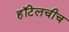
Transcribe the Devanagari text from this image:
हॉटेलचीच